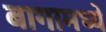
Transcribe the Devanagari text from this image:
बागामध्ये